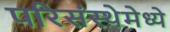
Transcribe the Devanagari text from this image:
परिसंस्थेमेध्ये